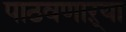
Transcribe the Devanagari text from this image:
पाठवणाऱ्या